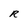
Character: R